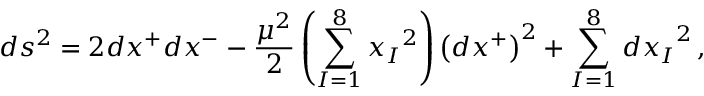
d s ^ { 2 } = 2 d x ^ { + } d x ^ { - } - \frac { \mu ^ { 2 } } { 2 } \left( \sum _ { I = 1 } ^ { 8 } { x _ { I } } ^ { 2 } \right) \left( d x ^ { + } \right) ^ { 2 } + \sum _ { I = 1 } ^ { 8 } { d x _ { I } } ^ { 2 } \, ,